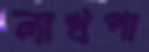
লাখপা